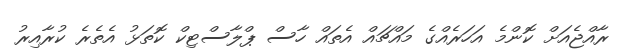
ރާއްޖެއަށް ކޮންމެ އަހަރެއްގެ މައްޗައް އެތައް ހާސް ޕްލާސްޓިކް ކޮތަޅު އެތެރެ ކުރާއިރު